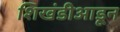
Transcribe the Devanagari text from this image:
शिखंडीआडून